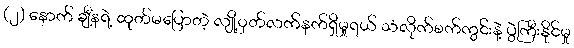
(၂) နောက် ချီ့နရဲ့ ထုတ်မပြောတဲ့ လျို့ဝှတ်လက်နက်ရှိမှုရယ် သံလိုက်စက်ကွင်းနဲ့ ပွဲကြီးနိုင်မှု